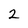
Character: 2